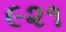
૯૨૧